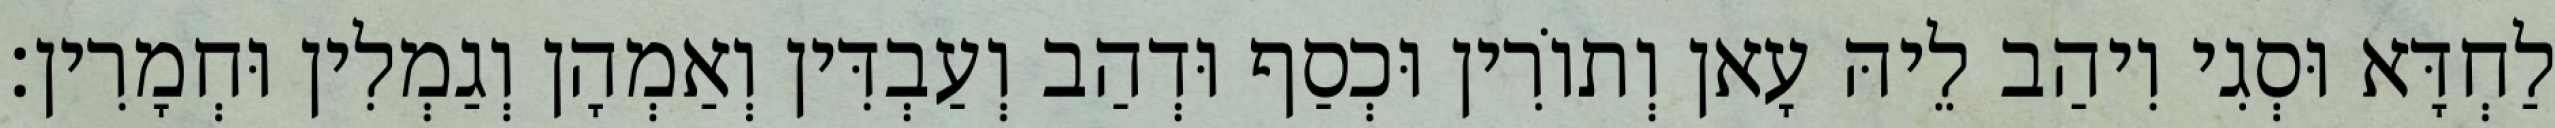
לַחְדָּא וּסְגִי וִיהַב לֵיהּ עָאן וְתוֹרִין וּכְסַף וּדְהַב וְעַבְדִּין וְאַמְהָן וְגַמְלִין וּחְמָרִין׃